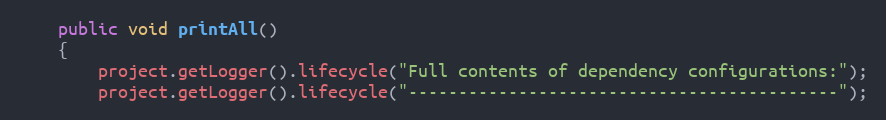
Language: Java
    public void printAll()
    {
        project.getLogger().lifecycle("Full contents of dependency configurations:");
        project.getLogger().lifecycle("-------------------------------------------");